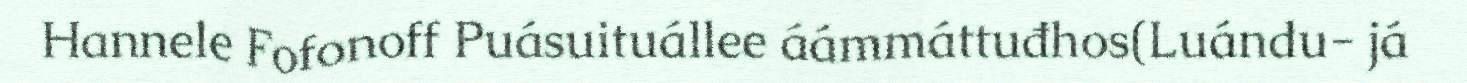
Hannele Fofonoff Puásuituállee áámmáttuđhos(Luándu- já